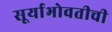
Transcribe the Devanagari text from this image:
सूर्याभोवतीची